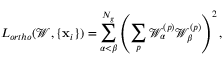
L _ { o r t h o } ( { \mathcal W } , \{ \mathbf x _ { i } \} ) = \sum _ { \alpha < \beta } ^ { N _ { g } } \left( \sum _ { p } { \mathcal W } _ { \alpha } ^ { ( p ) } { \mathcal W } _ { \beta } ^ { ( p ) } \right) ^ { 2 } ,